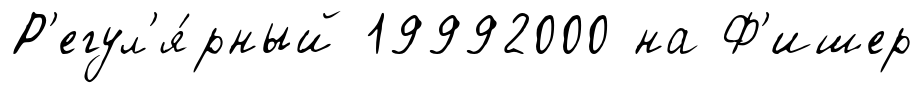
Р'егул'я́рный 19992000 на Ф'ишер